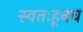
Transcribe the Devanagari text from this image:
स्वतःहूनच